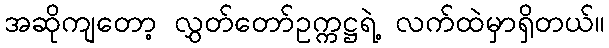
အဆိုကျတော့ လွှတ်တော်ဥက္ကဋ္ဌရဲ့ လက်ထဲမှာရှိတယ်။